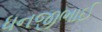
ધનજીભાઈ